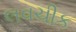
લવચીક